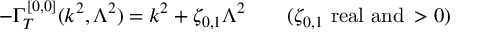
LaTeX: - \Gamma _ { T } ^ { [ 0 , 0 ] } ( k ^ { 2 } , \Lambda ^ { 2 } ) = k ^ { 2 } + \zeta _ { 0 , 1 } \Lambda ^ { 2 } \qquad ( \zeta _ { 0 , 1 } \, \, \mathrm { { r e a l \, \, a n d } } \, > 0 )